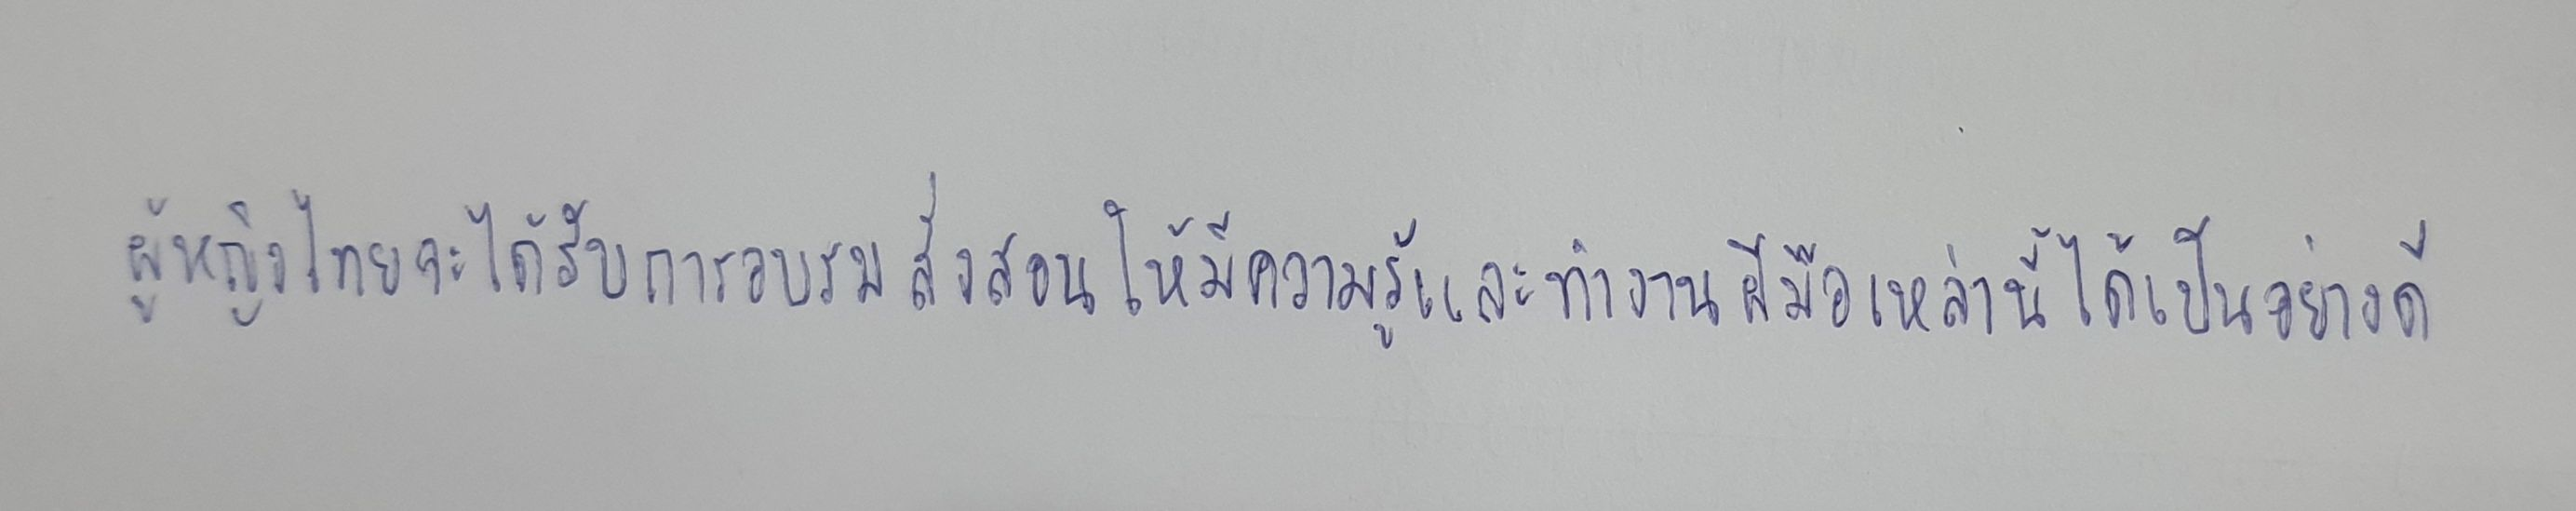
ผู้หญิงไทยจะได้รับการอบรมสั่งสอนให้มีความรู้และทำงานฝีมือเหล่านี้ได้เป็นอย่างดี